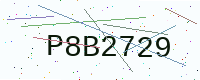
Text: P8B2729